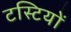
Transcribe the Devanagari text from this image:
टस्टियों